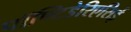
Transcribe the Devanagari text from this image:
पॉण्टिडेरिएसिई